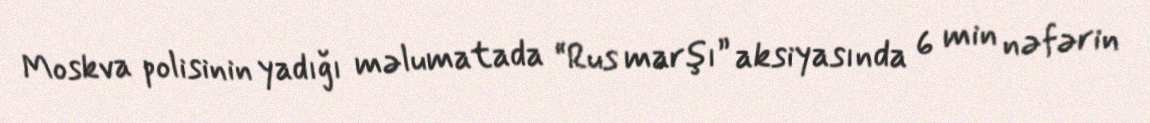
Moskva polisinin yadığı məlumatada “Rus marşı” aksiyasında 6 min nəfərin